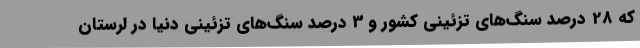
که 28 درصد سنگ‌های تزئینی کشور و 3 درصد سنگ‌های تزئینی دنیا در لرستان